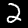
Digit: 2